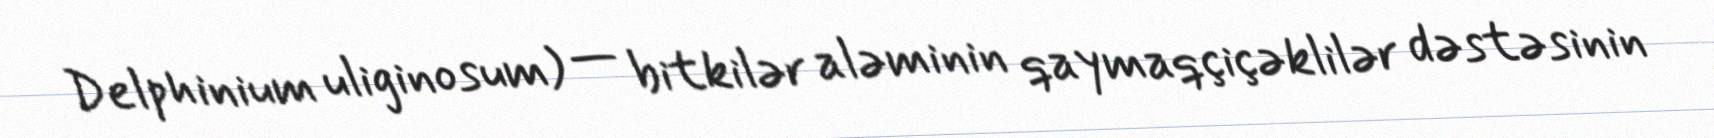
Delphinium uliginosum) — bitkilər aləminin qaymaqçiçəklilər dəstəsinin